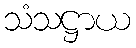
သံသဋ္ဌာယ